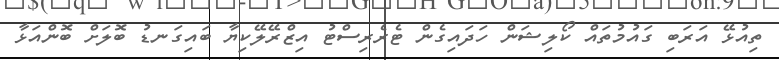
ތިއުޅޭ އަރަބި ގައުމުތައް ކޯލިޝަން ހަދައިގެން ޓެރެރިސްޓު އިޒްރޭލޭކިޔާ ބައިގަނޑު ބޮލަށް ބޮންއަޅާ